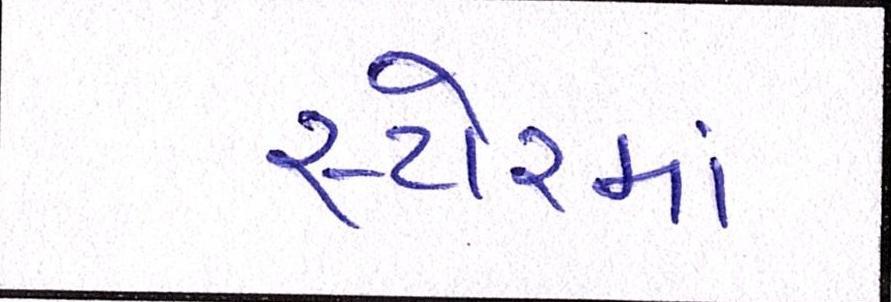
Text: સ્ટોરમાં